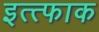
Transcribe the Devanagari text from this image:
इत्त्फाक